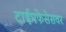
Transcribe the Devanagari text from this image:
टाईपफेसेसवर